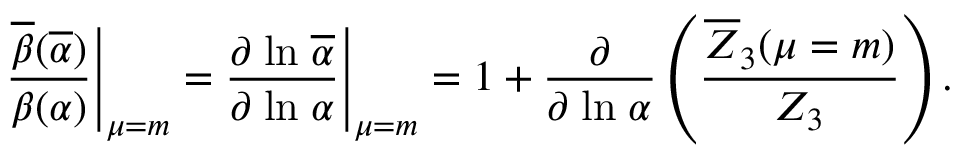
{ \frac { \overline { { { \beta } } } ( \overline { { \alpha } } ) } { \beta ( \alpha ) } } { \Bigg | } _ { \mu = m } = { \frac { \partial \; \mathrm { l n } \; \overline { { { \alpha } } } } { \partial \; \mathrm { l n } \; \alpha } } { \Bigg | } _ { \mu = m } = 1 + { \frac { \partial } { \partial \; \mathrm { l n } \; \alpha } } \left( { \frac { \overline { { { Z } } } _ { 3 } ( \mu = m ) } { Z _ { 3 } } } \right) .